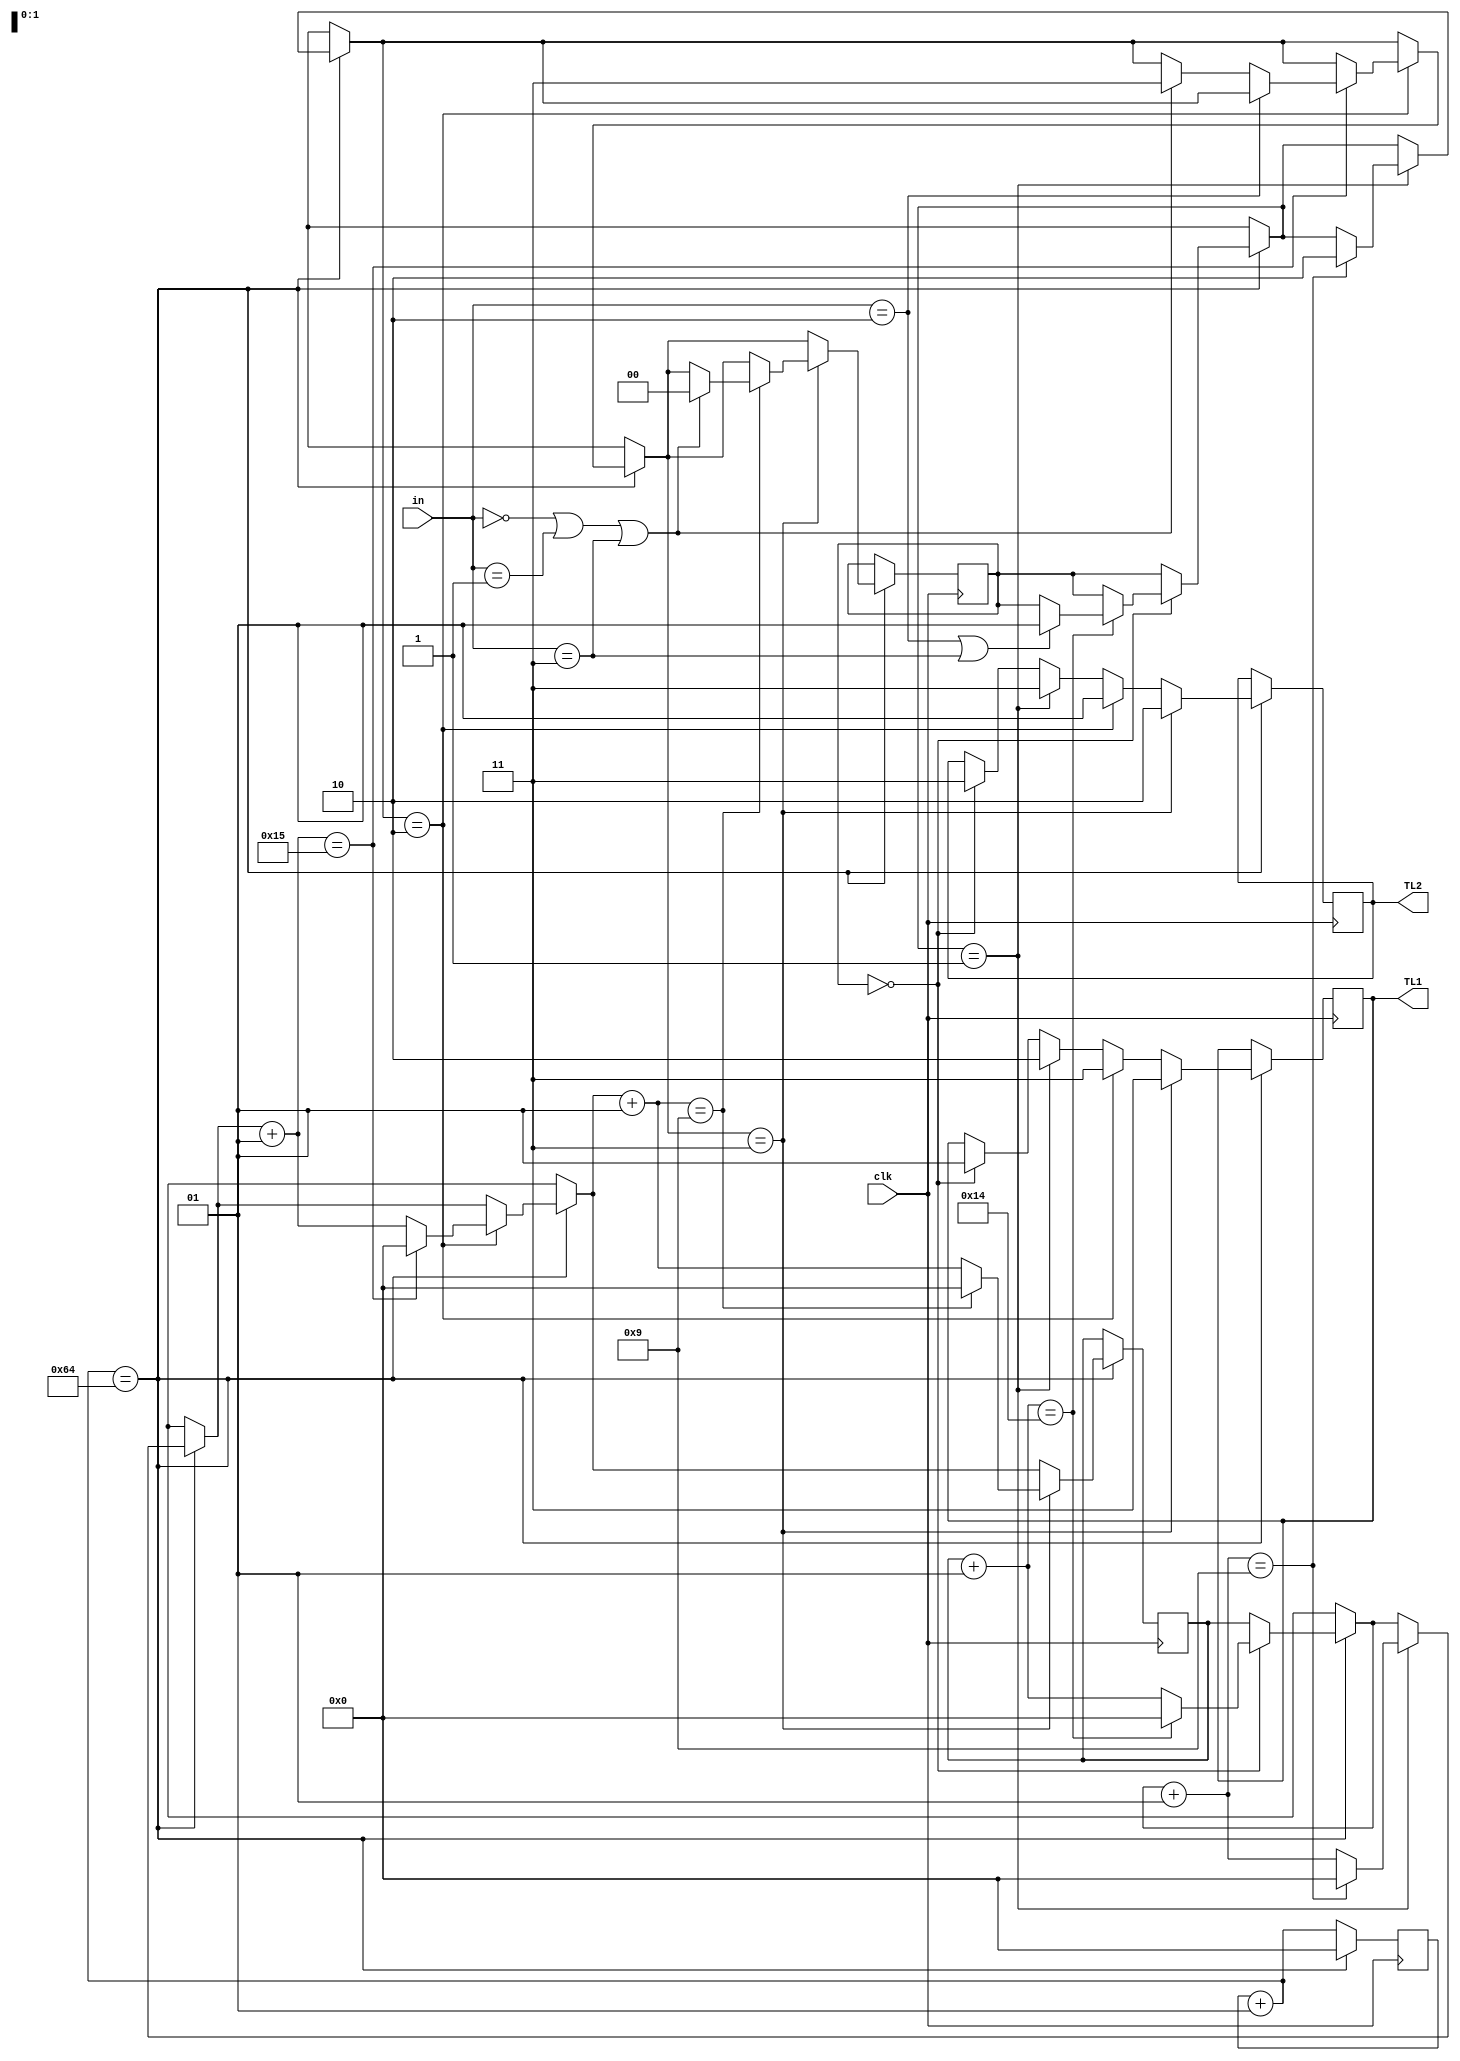
module redlight(
    input clk,
    input [1:0] in,
    output [1:0] TL1,
    output [1:0] TL2
    );



				//initial state is s0
reg [1:0] state = 2'b00; //s0=00  s1=01   s2=10   s3=11

integer gn = 4;
integer clkfixer = 100;
integer count = 0;
integer count2 =0;

reg [1:0] TL11;  //ns
reg [1:0] TL22;  //ew

always @(posedge clk)
	begin
		//creating one seconds delays
		count = count+1;
		//every one second this if statment works
		if(count == clkfixer)
			//this if statment works every one seconds
			begin
			count =0;
			
			//state s0
			if (state == 2'b00)
				begin
				TL11<=2'b01;//ns is green
				TL22<=2'b11;//ew  is red
				//waiting groupnumber * 5 seconds
				count2 = count2 + 1;
				if(count2 == gn*5)
					//delay has done
					begin
					count2 = 0;
					if(in == 2'b10 || in == 2'b11)
						begin
						//changing state to s1
						state = 2'b01;
						count2 = 0;
						end
					end	
			end
			
			//state s1
			if (state == 2'b01)
				begin
				TL11<=2'b10;//ns is red
				TL22<=2'b11;//ew  is red
				//waiting groupnumber * 2 seconds
				count2 = count2 + 1;
				if(count2 == gn*2 +1)
					//delay has done
					begin
					count2 = 0;
						//changing state to state s2
						state = 2'b10;
						count2 = 0;
					end	
			end
	
			//state s2
			if (state == 2'b10)
				begin
				TL11<=2'b11;//ns is red
				TL22<=2'b01;//ew  is green
				//waiting groupnumber * 5 seconds
				count2 = count2 + 1;
				if(count2 == gn*5 +1)
					//delay has done
					begin
					count2 = 0;
					if(in == 2'b10)
						begin
						//no change
						count2 = 0;
						end
					else if (in == 2'b00 || in == 2'b01 || in == 2'b11)
						begin
						state = 2'b11;
						count2 = 0;
						end
					end	
			end
			
			//state s3
			if (state == 2'b11)
				begin
				TL11<=2'b11;//ns is red
				TL22<=2'b10;//ew  is yellow
				//waiting groupnumber * 2 seconds
				count2 = count2 + 1;
				if(count2 == gn*2 +1)
					//delay has done
					begin
					count2 = 0;
					if(in == 2'b00 || in == 2'b01 || in == 2'b11)
						begin
						//change to s0
						state = 2'b00;
						count2 = 0;
						end
			end
	
	
		end
	end
	end

assign TL1 = TL11;
assign TL2 = TL22;

endmodule